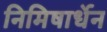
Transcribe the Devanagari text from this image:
निमिषार्धेन